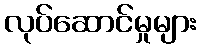
လုပ်ဆောင်မှုများ